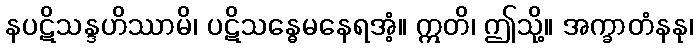
နပဋိသန္ဒဟိဿာမိ၊ ပဋိသန္ဓေမနေရအံ့။ ဣတိ၊ ဤသို့။ အက္ခာတံနနု၊